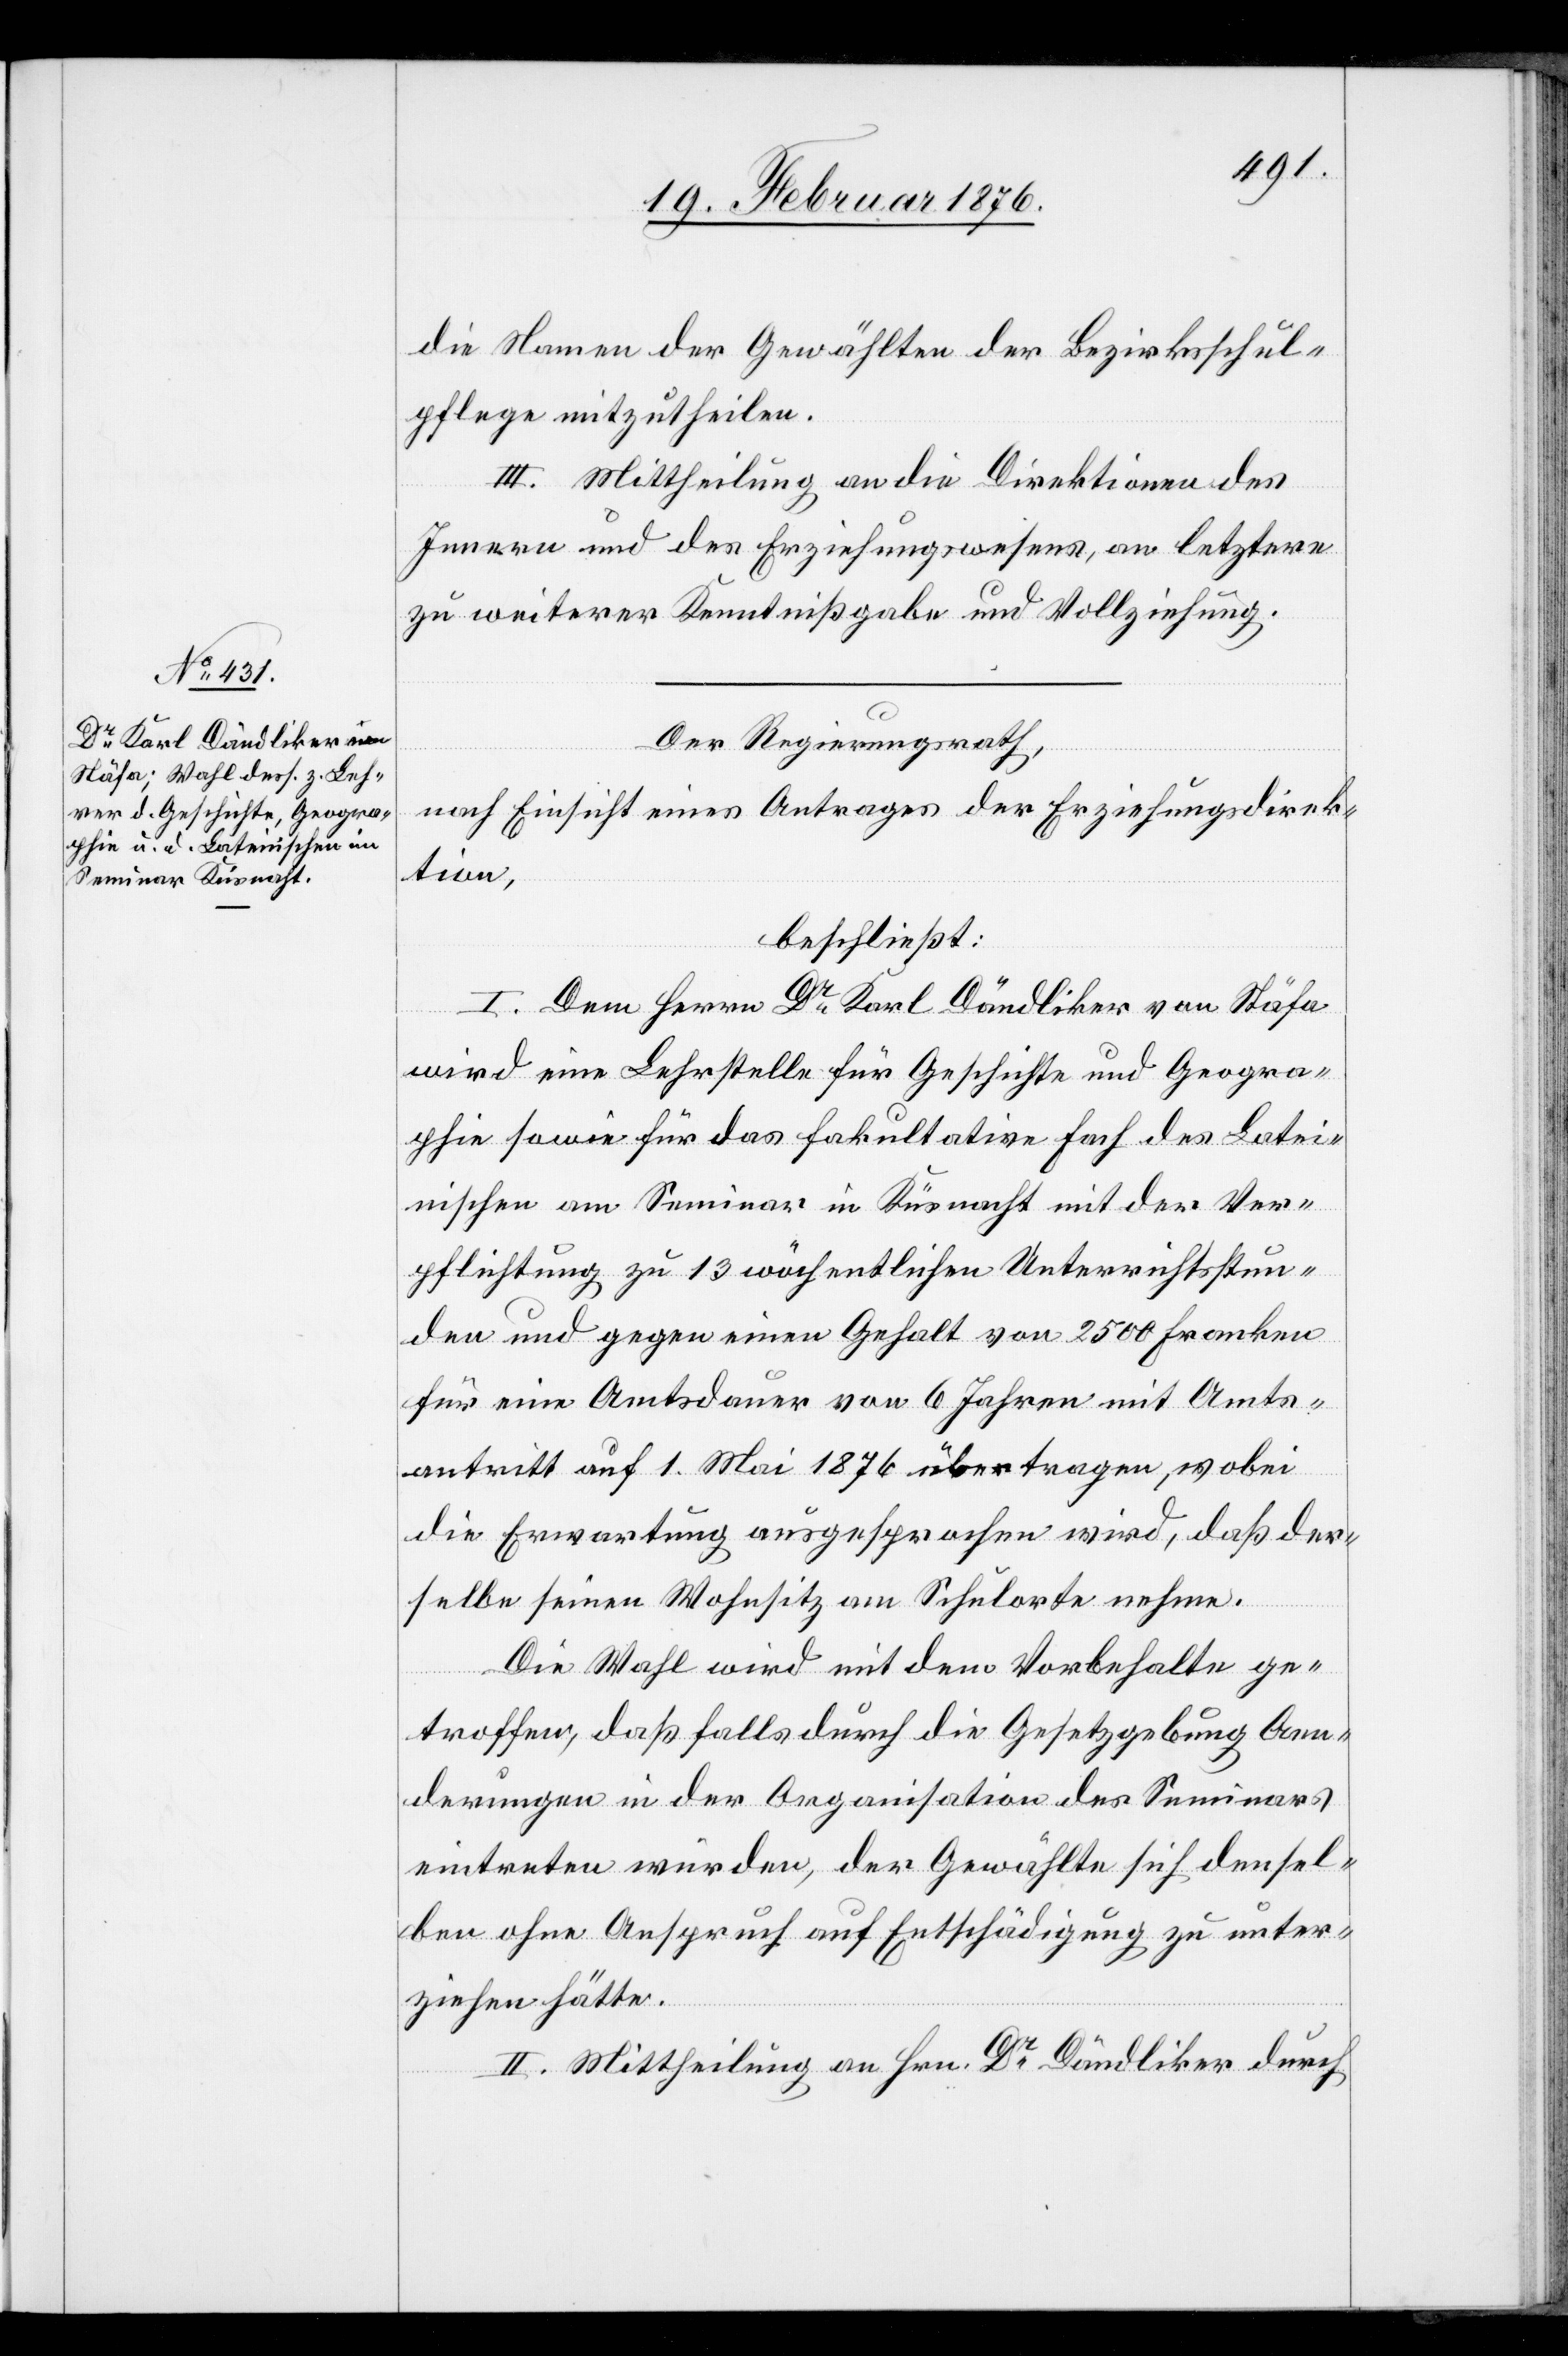
die Namen der Gewählten der Bezirksschul¬
pflege mitzutheilen.
III. Mittheilung an die Direktion des
Innern und des Erziehungswesens, an letztere
zu weiterer Kenntnißgabe und Vollziehung.
Der Regierungsrath,
nach Einsicht eines Antrages der Erziehungsdirek¬
tion,
beschließt:
I. Dem Herrn Dr Karl Dändliker von Stäfa
wird eine Lehrstelle für Geschichte und Geogra¬
phie sowie für das fakultative Fach des Latei¬
nische am Seminar in Küsnacht mit der Ver¬
pflichtung zu 13 wöchentlichen Unterrichtsstun¬
den und gegen einen Gehalt von 2500 Franken
für eine Amtsdauer von 6 Jahren mit Amts¬
antritt auf 1. Mai 1876 übertragen, wobei
die Erwartung ausgesprochen wird, daß der¬
selbe seinen Wohnsitz am Schulorte nehme.
Die Wahl wird mit dem Vorbehalte ge¬
troffen, daß falls durch die Gesetzgebung Aen¬
derungen in der Argumentation des Seminars
eintreten würden, der Gewählte sich densel¬
ben ohne Anspruch auf Entschädigung zu unter¬
ziehen hätte.
II. Mittheilung an den Hrn. Dr Dändliker durch